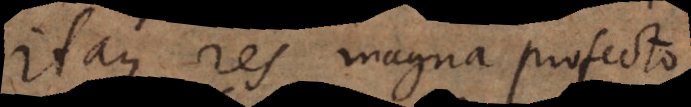
Itaque res magna profecto